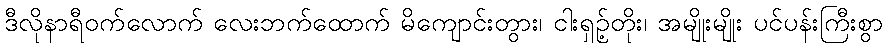
ဒီလိုနာရီဝက်လောက် လေးဘက်ထောက် မိကျောင်းတွား၊ ငါးရှဉ့်တိုး၊ အမျိုးမျိုး ပင်ပန်းကြီးစွာ